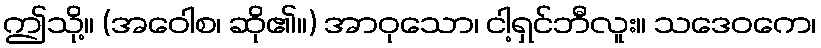
ဤသို့။ (အဝေါစ၊ ဆို၏။) အာဝုသော၊ ငါ့ရှင်ဘီလူး။ သဒေဝကေ၊